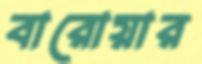
বারোয়ার